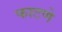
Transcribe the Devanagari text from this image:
फाटणे